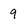
Character: 9